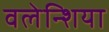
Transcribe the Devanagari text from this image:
वलेन्शिया